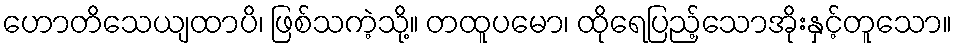
ဟောတိသေယျထာပိ၊ ဖြစ်သကဲ့သို့။ တထူပမော၊ ထိုရေပြည့်သောအိုးနှင့်တူသော။